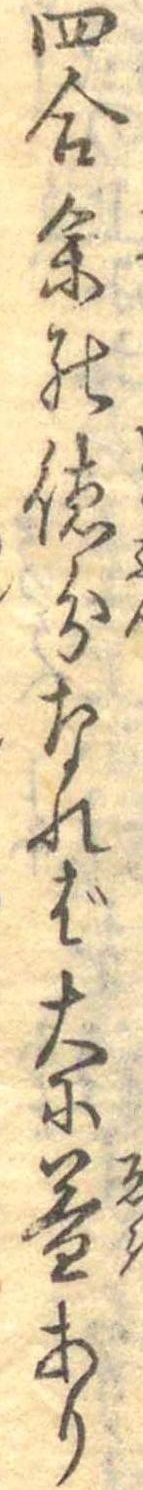
四合余の徳分なれば大に益あり